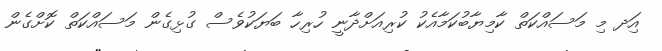
އަިދ މި މަސައްކަތް ކާމިޔާބުކަމާއެކު ކުރިއަށްދާނީ ހުރިހާ ބަޔަކުވެސް ގުޅިގެން މަސައްކަތް ކޮށްގެން